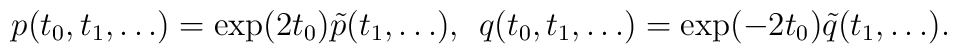
p(t_0,t_1,\dots)=\exp(2t_0)\tilde p(t_1,\dots),\;\,q(t_0,t_1,\dots)=\exp(-2t_0)\tilde q(t_1,\dots).